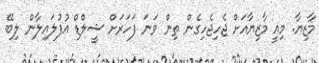
މާޒިޔާ. މިއީ މާޒިޔާއަށް ޖެހިޖެހިގެން ތިން ވަނަ ފަހަރަށް ޝީލްޑް އުފުލައިލާން ލިބޭ